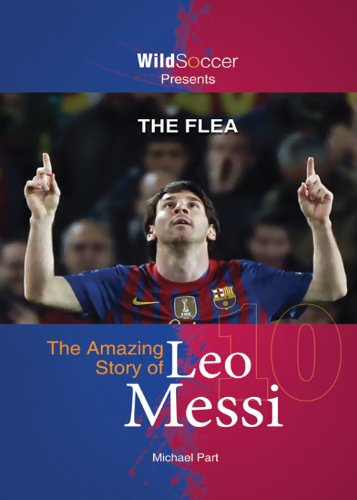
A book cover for The Flea - The Amazing Story of Leo Messi; Michael Part; Biographies & Memoirs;